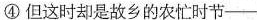
④但这时却是故乡的农忙时节——